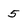
Character: 5